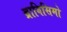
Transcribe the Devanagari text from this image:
ब्राविसिमो